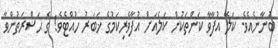
ބުނާނެއެވެ. ކަލޭ އުފާވާ ކަންތަކުން ކަލެއަށް އުފާވެރިކަމުގެ ޚަބަރު ހުއްޓެވެ! ގެ ޙަޟްރަތުންވާ